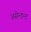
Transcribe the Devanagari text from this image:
असेन्डन्ट